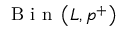
\mathrm { ~ B ~ i ~ n ~ } \left( L , p ^ { + } \right)